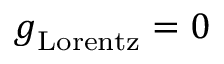
\boldsymbol { g } _ { \mathrm { L o r e n t z } } = \boldsymbol { 0 }